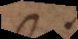
A